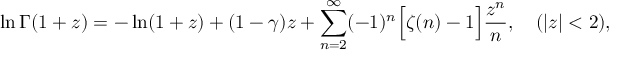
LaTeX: \ln \Gamma ( 1 + z ) = - \ln ( 1 + z ) + ( 1 - \gamma ) z + \sum _ { n = 2 } ^ { \infty } ( - 1 ) ^ { n } \Bigl [ \zeta ( n ) - 1 \Bigr ] \frac { z ^ { n } } { n } , \quad ( | z | < 2 ) ,